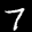
Label: 7